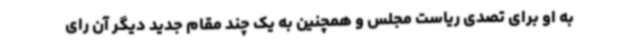
به او برای تصدی ریاست مجلس و همچنین به یک چند مقام جدید دیگر آن رای